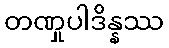
တဏှုပါဒိန္နဿ